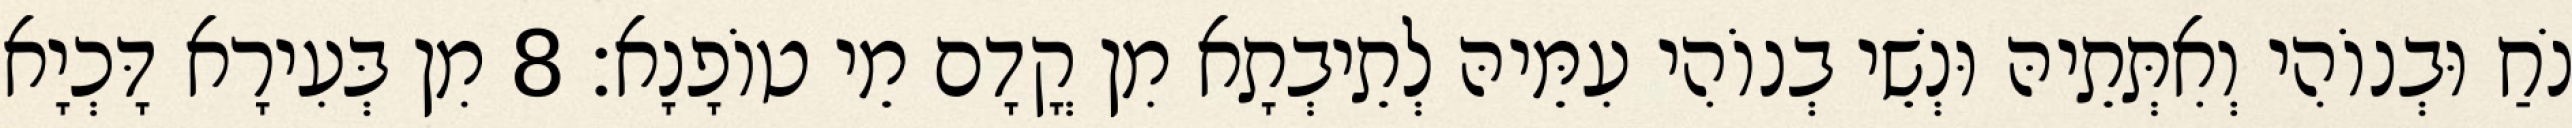
נֹחַ וּבְנוֹהִי וְאִתְּתֵיהּ וּנְשֵׁי בְנוֹהִי עִמֵּיהּ לְתֵיבְתָא מִן קֳדָם מֵי טוֹפָנָא׃ 8 מִן בְּעִירָא דָּכְיָא